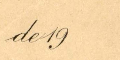
delg